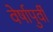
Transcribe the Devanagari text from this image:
वेर्षापुर्वी